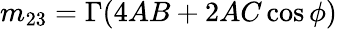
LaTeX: m_{23}=\Gamma(4AB+2AC\cos\phi)